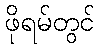
ဖိုရမ်တွင်